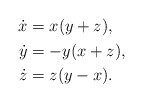
\begin{align*}\begin{aligned}\dot{x} &= x(y + z), \\\dot{y} &= -y( x + z), \\\dot{z} &= z( y - x).\end{aligned}\end{align*}